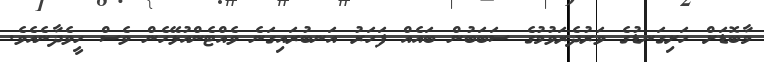
މާބޮޑަށް ހަށިގަނޑުގެ ވަރުދެރަވުމުގެ ސަބަބުން ބައެއް ފަހަރު އަނބުރައިގަނެ ވެއްޓެންއުޅޭހެން ވެސް ހީވެދާނެއެވެ.